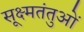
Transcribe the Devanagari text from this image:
सूक्ष्मतंतुओं